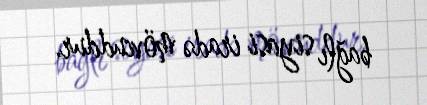
bağlı siyasi iradə mövcuddur.